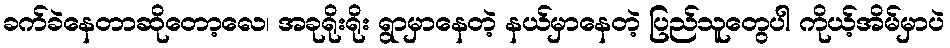
ခက်ခဲနေတာဆိုတော့လေ၊ အခုရိုးရိုး ရွာမှာနေတဲ့ နယ်မှာနေတဲ့ ပြည်သူတွေပါ ကိုယ့်အိမ်မှာပဲ